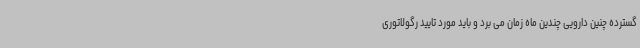
گسترده چنین دارویی چندین ماه زمان می برد و باید مورد تایید رگولاتوری